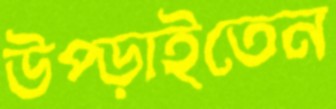
উপ্‌ড়াইতেন